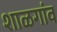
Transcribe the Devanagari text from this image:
शाळगांव